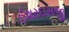
ઈશરદાસજી